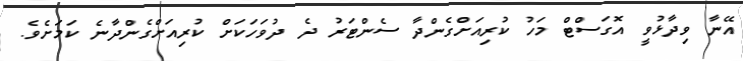
އޭނާ ވިދާޅުވީ އޮގަސްޓް މަހު ކުރިއަށްގެންދާ ސެންޓަރު ދެ ދުވަހަކަށް ކުރިއަށްގެންދާނެ ކަމަށެވެ.